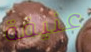
عنيفة